Leaving Certificate Examination, 1918
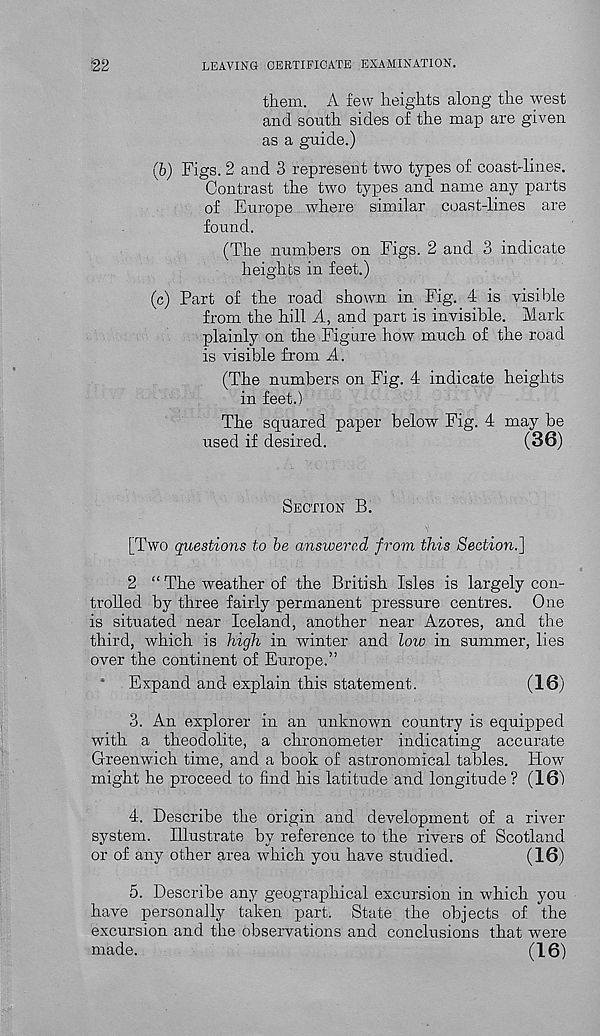
22
LEAVING CERTIFICATE EXAMINATION.
them. A few heights along the west
and south sides of the map are given
as a guide.)
(b) Figs. 2 and 3 represent two types of coast-lines.
Contrast the two types and name any parts
of Europe where similar coast-lines are
found.
(The numbers on Figs. 2 and 3 indicate
heights in feet.)
(c) Part of the road shown in Fig. 4 is visible
from the hill A, and part is invisible. Mark
plainly on the Figure how much of the road
is visible from A.
(The numbers on Fig. 4 indicate heights
in feet.)
The squared paper below Fig. 4 may be
used if desired.
(36)
SECTION B.
[Two questions to be answercA from this Section.]
2 “ The weather of the British Isles is largely con-
trolled by three fairly permanent pressure centres. One
is situated near Iceland, another near Azores, and the
third, which is high in winter and low in summer, lies
over the continent of Europe.”
* Expand and explain this statement.
(16)
3. An explorer in an unknown country is equipped
with a theodolite, a chronometer indicating accurate
Greenwich time, and a book of astronomical tables, liovr
might he proceed to find his latitude and longitude ? (16)
4. Describe the origin and development of a river
system. Illustrate by reference to the rivers of Scotland
or of any other area which you have studied.
(16)
5. Describe any geographical excursion in which you
have personally taken part. State the objects of the
excursion and the observations and conclusions that were
made.
(16)